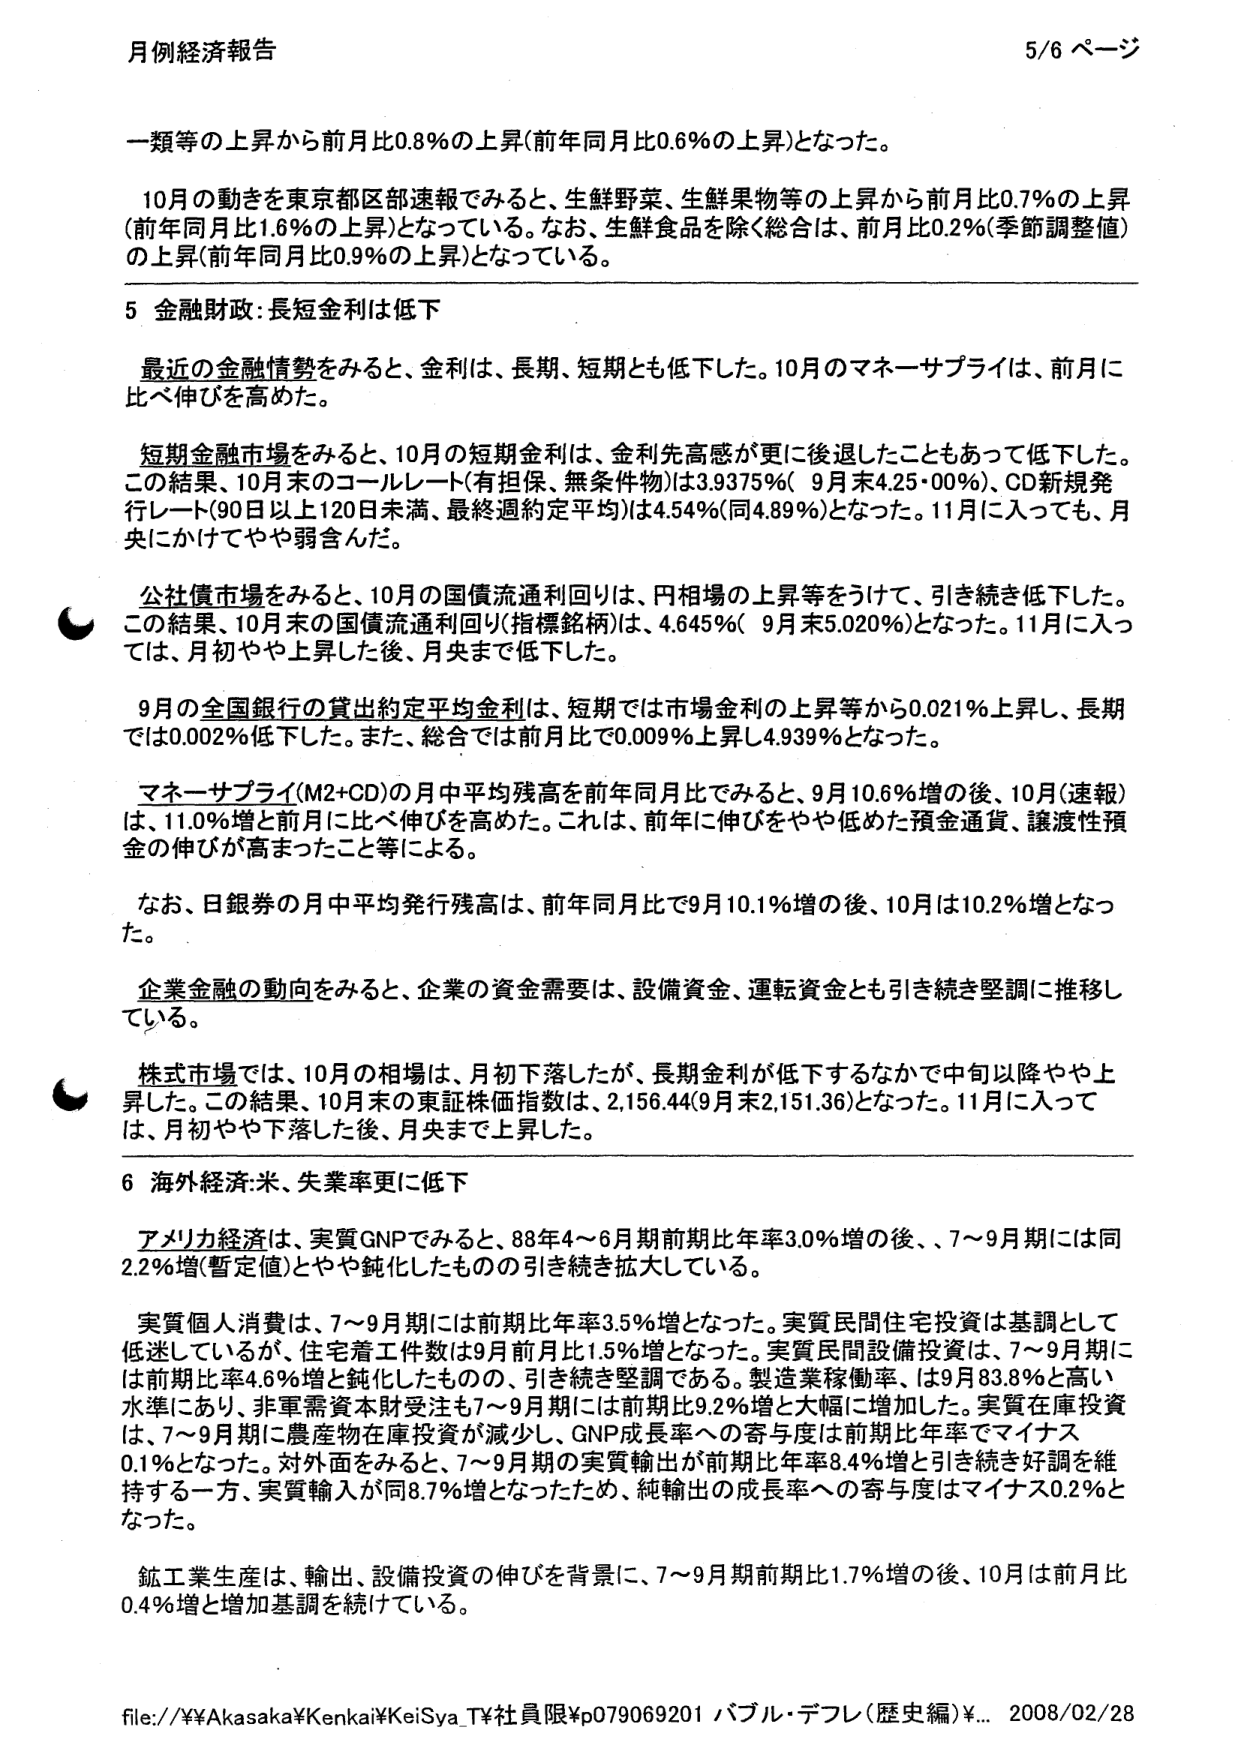
月例経済報告 5/6 ページ

一類等の上昇から前月比0.8%の上昇(前年同月比0.6%の上昇)となった。

10月の動きを東京都区部速報でみると、生鮮野菜、生鮮果物等の上昇から前月比0.7%の上昇(前年同月比1.6%の上昇)となっている。なお、生鮮食品を除く総合は、前月比0.2%(季節調整値)の上昇(前年同月比0.9%の上昇)となっている。

5 金融財政:長短金利は低下

最近の金融情勢をみると、金利は、長期、短期とも低下した。10月のマネーサプライは、前月に比べ伸びを高めた。

短期金融市場をみると、10月の短期金利は、金利先高感が更に後退したこともあって低下した。この結果、10月末のコールレート(有担保、無条件物)は3.9375%(9月末4.25・00%)、CD新規発行レート(90日以上120日未満、最終週約定平均)は4.54%(同4.89%)となった。11月に入っても、月央にかけてやや弱含んだ。

公社債市場をみると、10月の国債流通利回りは、円相場の上昇等をうけて、引き続き低下した。この結果、10月末の国債流通利回り(指標銘柄)は、4.645%(9月末5.020%)となった。11月に入っては、月初やや上昇した後、月央まで低下した。

9月の全国銀行の貸出約定平均金利は、短期では市場金利の上昇等から0.021%上昇し、長期では0.002%低下した。また、総合では前月比で0.009%上昇し4.939%となった。

マネーサプライ(M2+CD)の月中平均残高を前年同月比でみると、9月10.6%増の後、10月(速報)は、11.0%増と前月に比べ伸びを高めた。これは、前年に伸びをやや低めた預金通貨、譲渡性預金の伸びが高まったこと等による。

なお、日銀券の月中平均発行残高は、前年同月比で9月10.1%増の後、10月は10.2%増となった。

企業金融の動向をみると、企業の資金需要は、設備資金、運転資金とも引き続き堅調に推移している。

株式市場では、10月の相場は、月初下落したが、長期金利が低下するなかで中旬以降やや上昇した。この結果、10月末の東証株価指数は、2,156.44(9月末2,151.36)となった。11月に入っては、月初やや下落した後、月央まで上昇した。

6 海外経済:米、失業率更に低下

アメリカ経済は、実質GNPでみると、88年4～6月期前期比年率3.0%増の後、7～9月期には同2.2%増(暫定値)とやや鈍化したものの引き続き拡大している。

実質個人消費は、7～9月期には前期比年率3.5%増となった。実質民間住宅投資は基調として低迷しているが、住宅着工件数は9月前月比1.5%増となった。実質民間設備投資は、7～9月期には前期比年率4.6%増と鈍化したものの、引き続き堅調である。製造業稼働率は、9月83.8%と高い水準にあり、非軍需資本財受注も7～9月期には前期比9.2%増と大幅に増加した。実質在庫投資は、7～9月期に農産物在庫投資が減少し、GNP成長率への寄与度は前期比年率でマイナス0.1%となった。対外面をみると、7～9月期の実質輸出が前期比年率8.4%増と引き続き好調を維持する一方、実質輸入が同8.7%増となったため、純輸出の成長率への寄与度はマイナス0.2%となった。

鉱工業生産は、輸出、設備投資の伸びを背景に、7～9月期前期比1.7%増の後、10月は前月比0.4%増と増加基調を続けている。

file://¥¥Akasaka¥Kenkai¥KeiSya_T¥社員限¥p079069201 バブル・デフレ(歴史編)¥... 2008/02/28